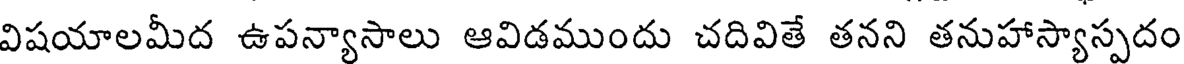
విషయాలమీద ఉపన్యాసాలు ఆవిడముందు చదివితే తనని తనుహాస్యాస్పదం